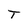
Character: T